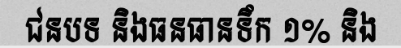
ជនបទ និងធនធានទឹក ១% និង